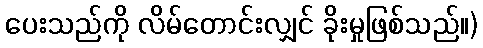
ပေးသည်ကို လိမ်တောင်းလျှင် ခိုးမှုဖြစ်သည်။)